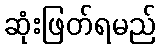
ဆုံးဖြတ်ရမည်